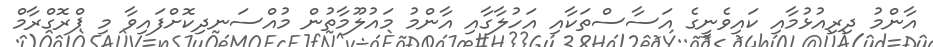
އާންމު ދިރިއުޅުމާއި ކައިވެނީގެ އަސާސްތަކާއި އަހުލާގާއި އާންމު މައުލޫމާތުން މުއްސަނދިކޮށްފައިވާ މި ޕްރޮގްރާމް